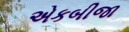
એકબીજા